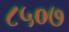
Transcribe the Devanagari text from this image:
८५०७